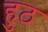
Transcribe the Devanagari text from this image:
हुठ